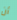
أن